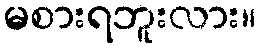
မစားရဘူးလား။